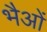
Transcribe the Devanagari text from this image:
भैओं